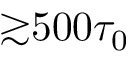
{ \gtrsim } 5 0 0 \tau _ { 0 }